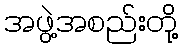
အဖွဲ့အစည်းတို့